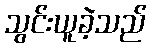
သွင်းယူခဲ့သည်